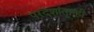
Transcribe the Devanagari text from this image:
परदेशांतूनही